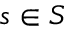
s \in S